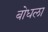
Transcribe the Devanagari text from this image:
बोधला